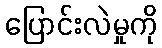
ပြောင်းလဲမှုကို